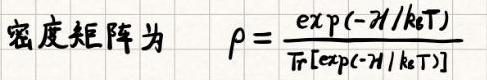
密度矩阵为 $\rho = \frac{\exp(-\mathcal{H}/k_{\mathrm{B}}T)}{\mathrm{Tr}[\exp(-\mathcal{H}/k_{\mathrm{B}}T)]}$